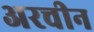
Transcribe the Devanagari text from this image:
अरचीन